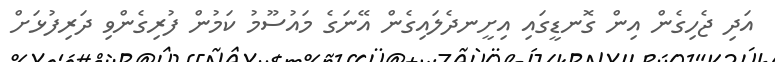
އަދި ޖެހިގެން އިން ގޮނޑީގައި އިށީނދެލައިގެން އޭނަގެ މައުސޫމު ކަމުން ފުރިގެންވި ދަރިފުޅަށް